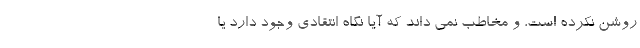
روشن نکرده است، و مخاطب نمی داند که آیا نگاه انتقادی وجود دارد یا